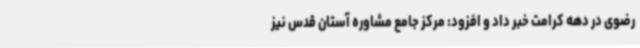
رضوی در دهه کرامت خبر داد و افزود: مرکز جامع مشاوره آستان قدس نیز